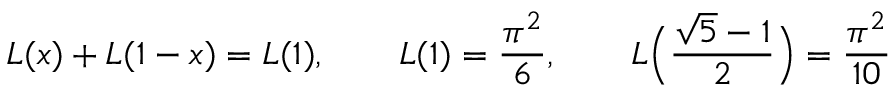
{ \cal L } ( x ) + { \cal L } ( 1 - x ) = { \cal L } ( 1 ) , \qquad { \cal L } ( 1 ) = { \frac { \pi ^ { 2 } } { 6 } } , \qquad { \cal L } \Big ( { \frac { \sqrt { 5 } - 1 } { 2 } } \Big ) = { \frac { \pi ^ { 2 } } { 1 0 } }